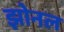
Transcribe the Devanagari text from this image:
झोनल